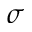
\sigma